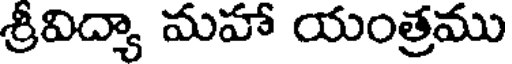
శ్రీవిద్యా మహా యంత్రము